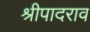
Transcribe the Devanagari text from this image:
श्रीपादराव